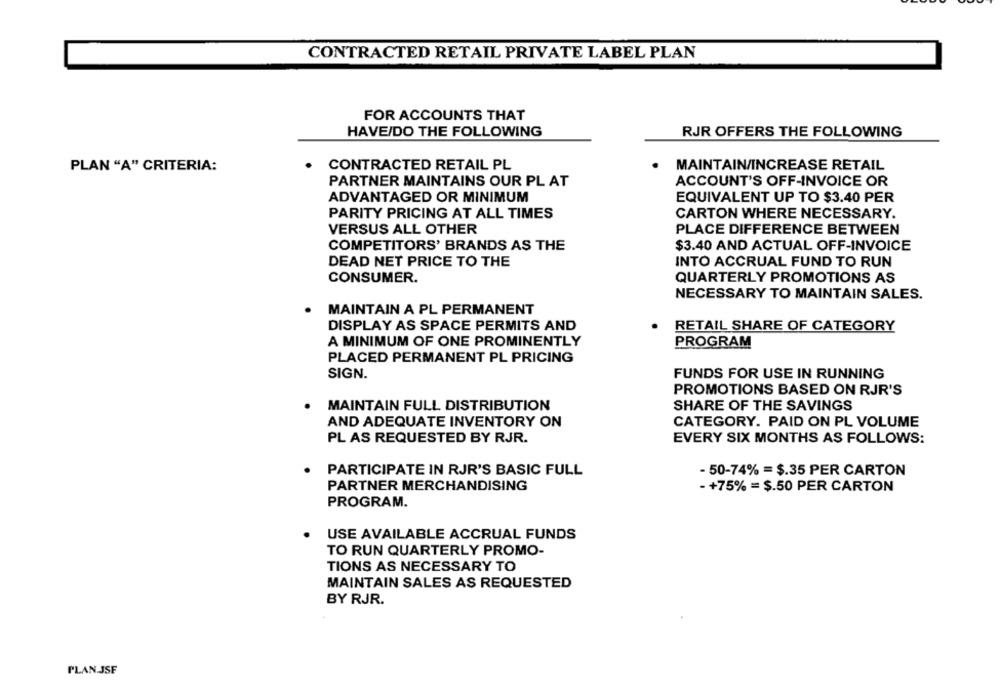
CONTRACTED RETAIL PRIVATE LABEL PLAN
FOR ACCOUNTS THAT
HAVE/DO THE FOLLOWING
RJR OFFERS THE FOLLOWING
CONTRACTED RETAIL PL
PLAN "A" CRITERIA:
MAINTAIN/INCREASE RETAIL
PARTNER MAINTAINS OUR PL AT
ACCOUNT'S OFF-INVOICE OR
ADVANTAGED OR MINIMUM
EQUIVALENT UP TO $3.40 PER
PARITY PRICING AT ALL TIMES
CARTON WHERE NECESSARY.
VERSUS ALL OTHER
PLACE DIFFERENCE BETWEEN
COMPETITORS' BRANDS AS THE
$3.40 AND ACTUAL OFF-INVOICE
DEAD NET PRICE TO THE
INTO ACCRUAL FUND TO RUN
CONSUMER.
QUARTERLY PROMOTIONS AS
NECESSARY TO MAINTAIN SALES.
MAINTAIN A PL PERMANENT
DISPLAY AS SPACE PERMITS AND
RETAIL SHARE OF CATEGORY
A MINIMUM OF ONE PROMINENTLY
PROGRAM
PLACED PERMANENT PL PRICING
SIGN.
FUNDS FOR USE IN RUNNING
PROMOTIONS BASED ON RJR'S
MAINTAIN FULL DISTRIBUTION
SHARE OF THE SAVINGS
AND ADEQUATE INVENTORY ON
CATEGORY. PAID ON PL VOLUME
PL AS REQUESTED BY RJR.
EVERY SIX MONTHS AS FOLLOWS:
PARTICIPATE IN RJR'S BASIC FULL
- 50-74% = $.35 PER CARTON
PARTNER MERCHANDISING
- +75% = $.50 PER CARTON
PROGRAM.
USE AVAILABLE ACCRUAL FUNDS
TO RUN QUARTERLY PROMO-
TIONS AS NECESSARY TO
MAINTAIN SALES AS REQUESTED
BY RJR.
PLAN JSF